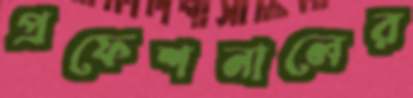
প্রফেশনালের